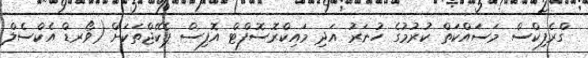
ގްރެފިކްސް މަސައްކަތް ކުރުމުގެ ހުނަރު އަދި މައިކްރޮސޮފްޓް އޮފިސް ޕެކޭޖްތަކަށް (ވޯރޑް އެކްސެލް